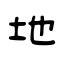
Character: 地